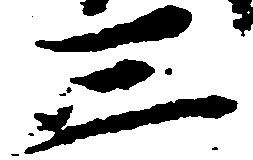
三